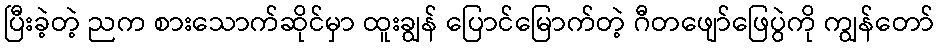
ပြီးခဲ့တဲ့ ညက စားသောက်ဆိုင်မှာ ထူးချွန် ပြောင်မြောက်တဲ့ ဂီတဖျော်ဖြေပွဲကို ကျွန်တော်